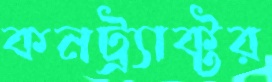
কনট্র্যাক্টর